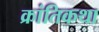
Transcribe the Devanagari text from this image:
क्रांतिकथा